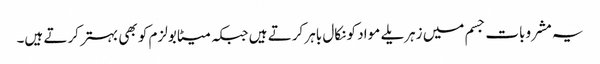
یہ مشروبات جسم میں زہریلے مواد کو نکال باہر کرتے ہیں جبکہ میٹابولزم کو بھی بہتر کرتے ہیں۔